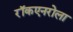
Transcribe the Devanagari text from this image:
रॉकएनरोला